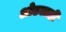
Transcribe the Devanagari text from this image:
ओढलाही